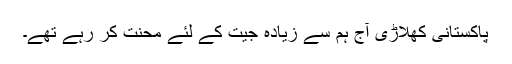
پاکستانی کھلاڑی آج ہم سے زیادہ جیت کے لئے محنت کر رہے تھے۔